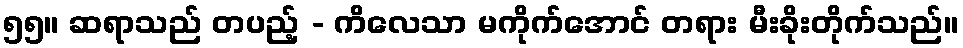
၅၅။ ဆရာသည် တပည့် - ကိလေသာ မကိုက်အောင် တရား မီးခိုးတိုက်သည်။